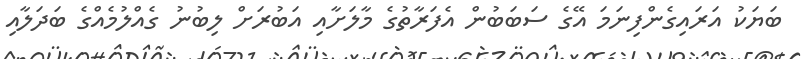
ބަޔަކު އަރައިގެންފިނަމަ އޭގެ ސަބަބުން އެފަރާތުގެ މާލަށާއި އަބުރަށް ލިބުނު ގެއްލުމެއްގެ ބަދަލާއި